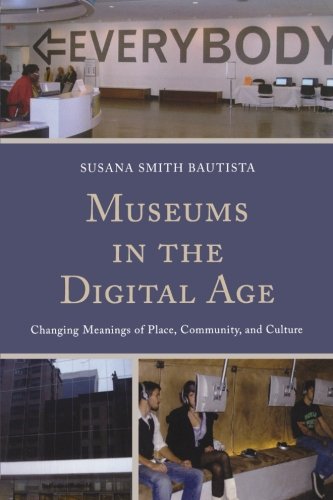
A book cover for Museums in the Digital Age: Changing Meanings of Place, Community, and Culture; Susana Smith Bautista; Business & Money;